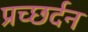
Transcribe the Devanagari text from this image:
प्रच्छर्दन